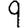
Digit: 9